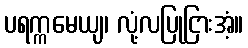
ပရက္ကမေယျ၊ လုံ့လပြုငြားအံ့။